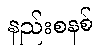
နည်းစနစ်